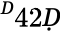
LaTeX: ^Ḋ42Ḍ